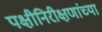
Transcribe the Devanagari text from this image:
पक्षीनिरीक्षणांच्या